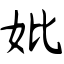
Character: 妣